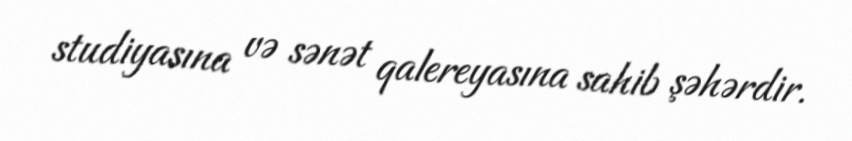
studiyasına və sənət qalereyasına sahib şəhərdir.